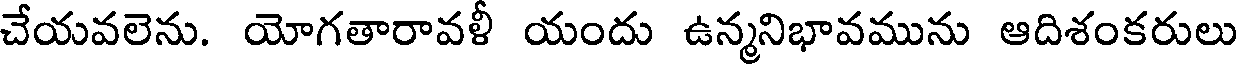
చేయవలెను. యోగతారావళీ యందు ఉన్మనిభావమును ఆదిశంకరులు